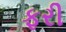
ફરી